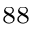
^ { 8 8 }